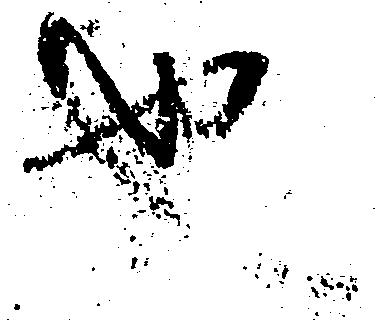
也